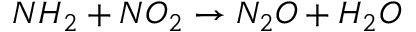
N H _ { 2 } + N O _ { 2 } \rightarrow N _ { 2 } O + H _ { 2 } O